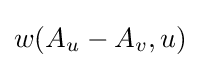
w(A_{u}-A_{v},u)